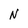
Character: N